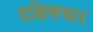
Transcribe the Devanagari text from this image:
दक्षिणचार